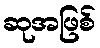
ဆုအဖြစ်